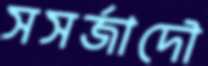
সসর্জাদৌ